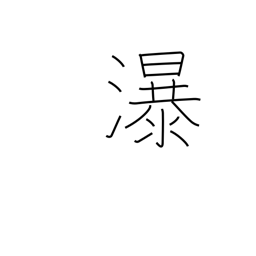
Meaning: waterfall